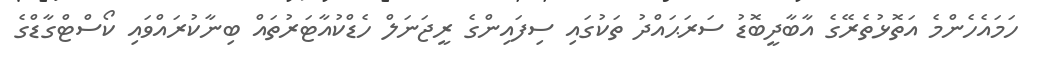
ހަމައެހެންމެ އަތޮޅުތެރޭގެ އާބާދީބޮޑު ސަރަޙައްދު ތަކުގައި ސިފައިންގެ ރީޖަނަލް ހެޑްކުއާޓަރުތައް ބިނާކުރައްވައި ކޯސްޓްގާޑްގެ